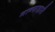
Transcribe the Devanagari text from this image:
मान्साहारी